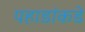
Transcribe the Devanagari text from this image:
पहाडांकडे